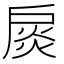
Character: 扊